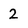
Character: 2